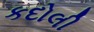
કદોલી